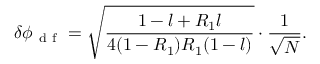
\delta \phi _ { \mathrm { ~ d ~ f ~ } } = \sqrt { \frac { 1 - l + R _ { 1 } l } { 4 ( 1 - R _ { 1 } ) R _ { 1 } ( 1 - l ) } } \cdot \frac { 1 } { \sqrt { N } } .